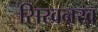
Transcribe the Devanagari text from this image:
सिखनख